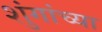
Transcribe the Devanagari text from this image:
शुंगांच्या